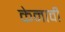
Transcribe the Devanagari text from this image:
केनावी